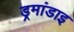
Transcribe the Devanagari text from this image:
ड्रमांडाइ